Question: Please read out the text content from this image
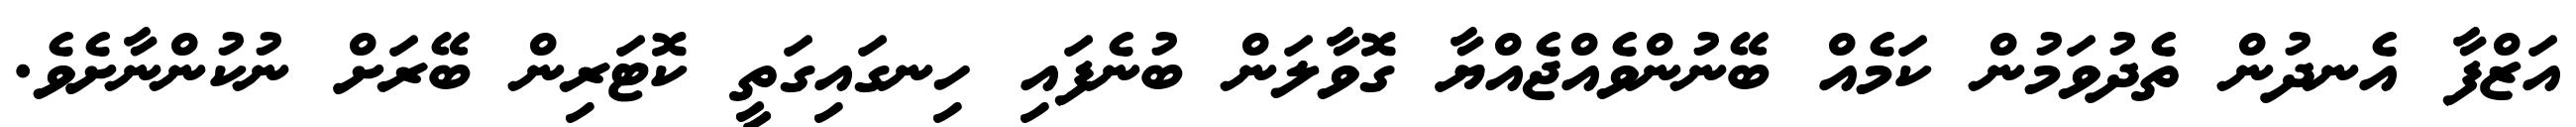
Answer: އަޒްފާ އެނދުން ތެދުވަމުން ކަމެއް ބޭނުންވެއްޖެއްޔާ ގޮވާލަން ބުނެފައި ހިނގައިގަތީ ކޮޓަރިން ބޭރަށް ނުކުންނާށެވެ.